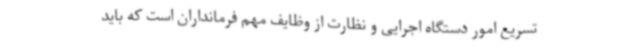
تسریع امور دستگاه اجرایی و نظارت از وظایف مهم فرمانداران است که باید